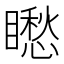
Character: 矁